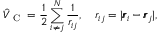
\hat { V } _ { \textrm { C } } = \frac { 1 } { 2 } \sum _ { i \neq j } ^ { N } \frac { 1 } { r _ { i j } } , \quad r _ { i j } = | \pmb { r } _ { i } - \pmb { r } _ { j } | ,